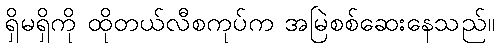
ရှိမရှိကို ထိုတယ်လီစကုပ်က အမြဲစစ်ဆေးနေသည်။